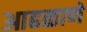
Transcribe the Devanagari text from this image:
आढळाणे